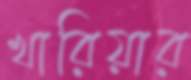
খারিয়ার